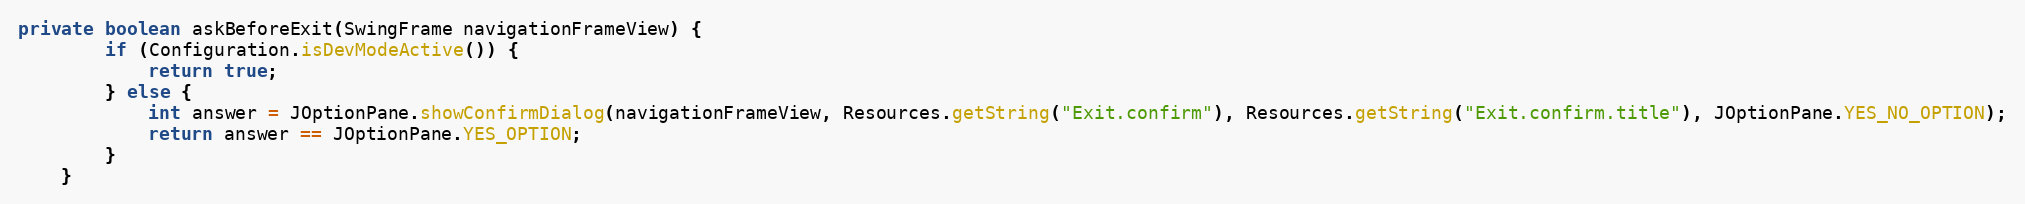
Language: Java
private boolean askBeforeExit(SwingFrame navigationFrameView) {
		if (Configuration.isDevModeActive()) {
			return true;
		} else {
			int answer = JOptionPane.showConfirmDialog(navigationFrameView, Resources.getString("Exit.confirm"), Resources.getString("Exit.confirm.title"), JOptionPane.YES_NO_OPTION);
			return answer == JOptionPane.YES_OPTION;
		}
	}